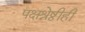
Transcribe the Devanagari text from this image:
पक्षश्रेष्ठीही